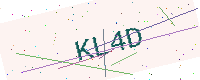
Text: KL4D